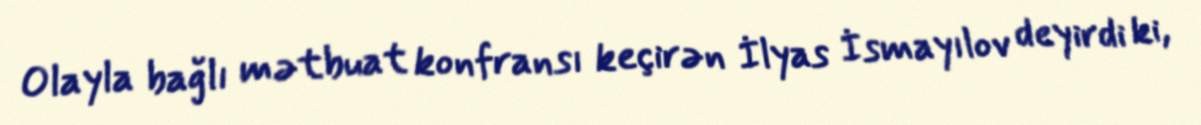
Olayla bağlı mətbuat konfransı keçirən İlyas İsmayılov deyirdi ki,